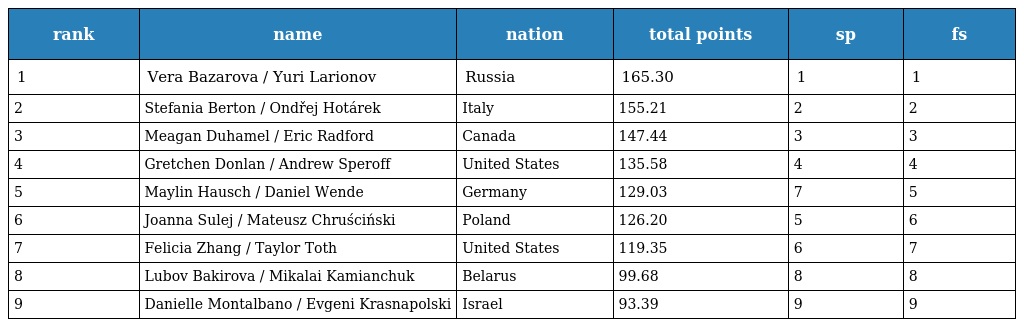
| rank | name | nation | total points | sp | fs |
 | --- | --- | --- | --- | --- | --- |
 | 1 | Vera Bazarova / Yuri Larionov | Russia | 165.30 | 1 | 1 |
 | 2 | Stefania Berton / Ondřej Hotárek | Italy | 155.21 | 2 | 2 |
 | 3 | Meagan Duhamel / Eric Radford | Canada | 147.44 | 3 | 3 |
 | 4 | Gretchen Donlan / Andrew Speroff | United States | 135.58 | 4 | 4 |
 | 5 | Maylin Hausch / Daniel Wende | Germany | 129.03 | 7 | 5 |
 | 6 | Joanna Sulej / Mateusz Chruściński | Poland | 126.20 | 5 | 6 |
 | 7 | Felicia Zhang / Taylor Toth | United States | 119.35 | 6 | 7 |
 | 8 | Lubov Bakirova / Mikalai Kamianchuk | Belarus | 99.68 | 8 | 8 |
 | 9 | Danielle Montalbano / Evgeni Krasnapolski | Israel | 93.39 | 9 | 9 |